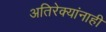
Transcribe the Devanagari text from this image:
अतिरेक्यांनाही